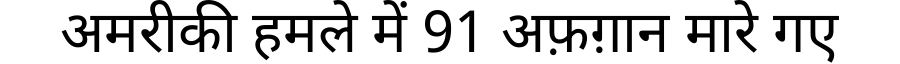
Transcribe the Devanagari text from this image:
अमरीकी हमले में 91 अफ़ग़ान मारे गए